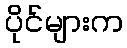
ပိုင်များက